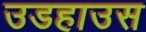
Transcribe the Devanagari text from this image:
उडहाउस